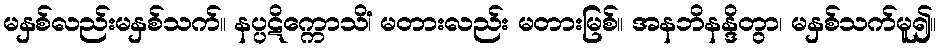
မနှစ်လည်းမနှစ်သက်။ နပ္ပဋိက္ကောသိံ၊ မတားလည်း မတားမြစ်။ အနဘိနန္ဒိတွာ၊ မနှစ်သက်မူ၍။